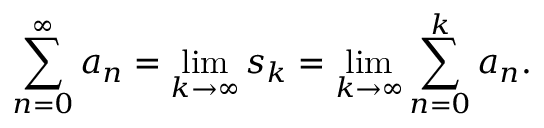
\sum _ { n = 0 } ^ { \infty } a _ { n } = \operatorname* { l i m } _ { k \to \infty } s _ { k } = \operatorname* { l i m } _ { k \to \infty } \sum _ { n = 0 } ^ { k } a _ { n } .